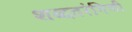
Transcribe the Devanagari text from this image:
शब्दतरंगिणी